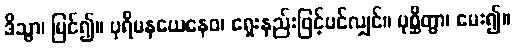
ဒိသွာ၊ မြင်၍။ ပုရိမနယေနေဝ၊ ရှေးနည်းဖြင့်ပင်လျှင်။ ပုစ္ဆိတွာ၊ မေး၍။